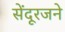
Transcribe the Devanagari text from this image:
सेंदूरजने